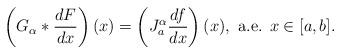
LaTeX: \begin{align*}\left(G_\alpha*\frac{dF}{dx}\right)(x)= \left(J_a^\alpha \frac{df}{dx}\right)(x),\mbox{ a.e. } x\in [a,b].\end{align*}